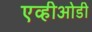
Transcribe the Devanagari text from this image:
एव्हीओडी